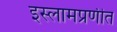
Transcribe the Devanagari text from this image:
इस्लामप्रणीत